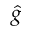
\hat { g }